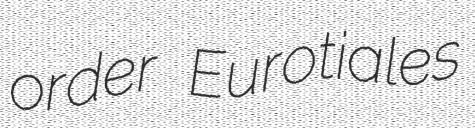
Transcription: order Eurotiales